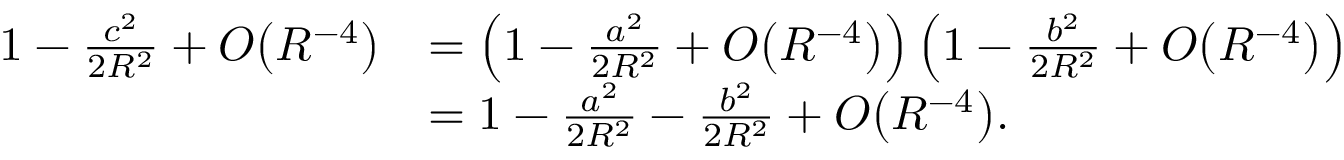
{ \begin{array} { r l } { 1 - { \frac { c ^ { 2 } } { 2 R ^ { 2 } } } + O { \left( R ^ { - 4 } \right) } } & { = \left( 1 - { \frac { a ^ { 2 } } { 2 R ^ { 2 } } } + O { \left( R ^ { - 4 } \right) } \right) \left( 1 - { \frac { b ^ { 2 } } { 2 R ^ { 2 } } } + O { \left( R ^ { - 4 } \right) } \right) } \\ & { = 1 - { \frac { a ^ { 2 } } { 2 R ^ { 2 } } } - { \frac { b ^ { 2 } } { 2 R ^ { 2 } } } + O { \left( R ^ { - 4 } \right) } . } \end{array} }